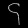
Digit: ၄